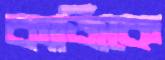
কাজিকে